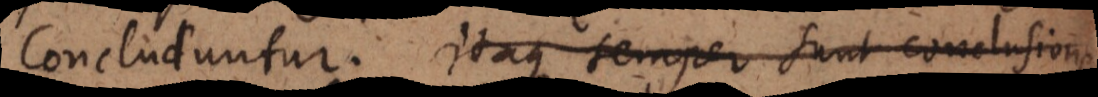
concluduntur. Itaque semper sunt conclusiones